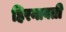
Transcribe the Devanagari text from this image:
हिरनावती